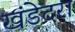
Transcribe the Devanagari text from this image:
खंडेदरा